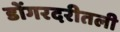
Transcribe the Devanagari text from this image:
डोंगरदरीतली